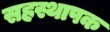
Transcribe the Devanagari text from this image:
सहस्थापक